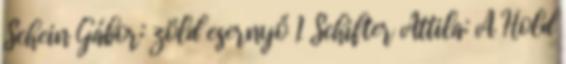
Schein Gábor: zöld esernyő 1 Schifter Attila: A Hold